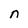
Character: n